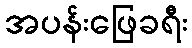
အပန်းဖြေခရီး